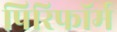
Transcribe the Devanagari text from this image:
पिरिफॉर्म